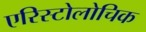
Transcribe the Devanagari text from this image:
एरिस्टोलोचिक